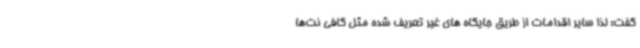
گفت: لذا سایر اقدامات از طریق جایگاه های غیر تعریف شده مثل کافی نت‌ها